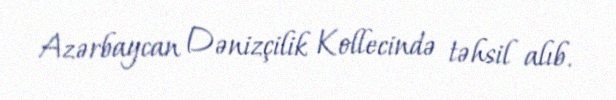
Azərbaycan Dənizçilik Kollecində təhsil alıb.